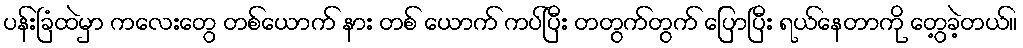
ပန်းခြံထဲမှာ ကလေးတွေ တစ်ယောက် နား တစ် ယောက် ကပ်ပြီး တတွက်တွက် ပြောပြီး ရယ်နေတာကို တွေ့ခဲ့တယ်။